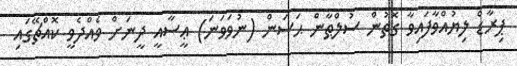
ޕިރާޑް ލިޔުއްވާފައިވާ ގޮތުން ސުލްޠާން ޙަސަން (ނުވަވަނަ) ޢީސާއީ ދީނަށް ވެއްދެވީ ކޮއްޗޭގައި